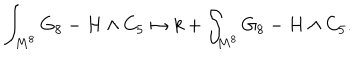
\int _ { M ^ { 8 } } G _ { 8 } - H \wedge C _ { 5 } \mapsto k + \int _ { M ^ { 8 } } G _ { 8 } - H \wedge C _ { 5 } .